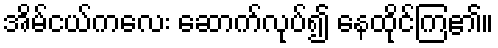
အိမ်ငယ်ကလေး ဆောက်လုပ်၍ နေထိုင်ကြ၏။